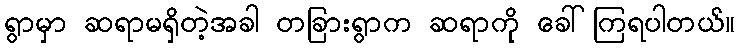
ရွာမှာ ဆရာမရှိတဲ့အခါ တခြားရွာက ဆရာကို ခေါ်ကြရပါတယ်။